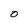
Character: 0